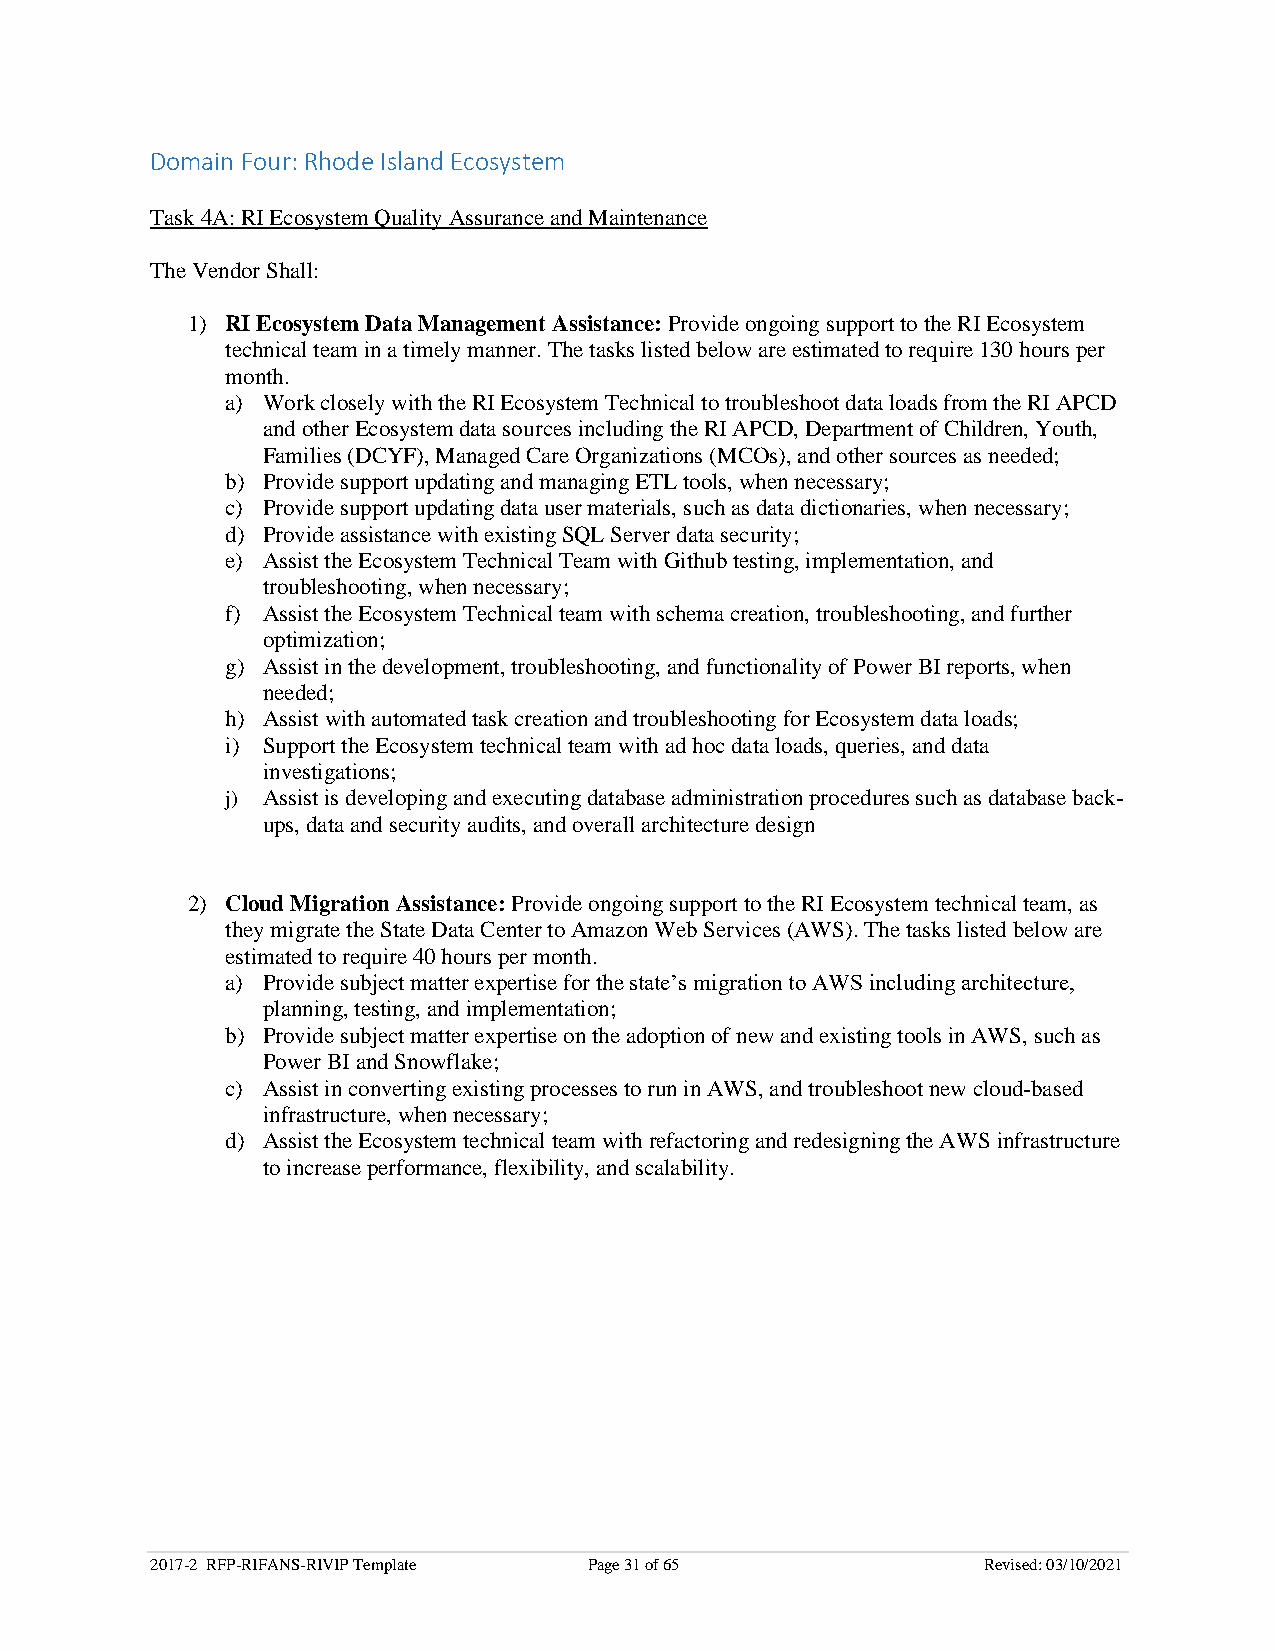
Domain Four: Rhode Island Ecosystem
 Task 4A: RI Ecosystem Quality Assurance and Maintenance
 The Vendor Shall:
 1) RI Ecosystem Data Management Assistance: Provide ongoing support to the RI Ecosystem
 technical team in a timely manner. The tasks listed below are estimated to require 130 hours per
 month.
 a) Work closely with the RI Ecosystem Technical to troubleshoot data loads from the RI APCD
 and other Ecosystem data sources including the RI APCD, Department of Children, Youth,
 Families (DCYF), Managed Care Organizations (MCOs), and other sources as needed;
 b) Provide support updating and managing ETL tools, when necessary;
 c) Provide support updating data user materials, such as data dictionaries, when necessary;
 d) Provide assistance with existing SQL Server data security;
 e) Assist the Ecosystem Technical Team with Github testing, implementation, and
 troubleshooting, when necessary;
 f) Assist the Ecosystem Technical team with schema creation, troubleshooting, and further
 optimization;
 g) Assist in the development, troubleshooting, and functionality of Power BI reports, when
 needed;
 h) Assist with automated task creation and troubleshooting for Ecosystem data loads;
 i) Support the Ecosystem technical team with ad hoc data loads, queries, and data
 investigations;
 j) Assist is developing and executing database administration procedures such as database back-
 ups, data and security audits, and overall architecture design
 2) Cloud Migration Assistance: Provide ongoing support to the RI Ecosystem technical team, as
 they migrate the State Data Center to Amazon Web Services (AWS). The tasks listed below are
 estimated to require 40 hours per month.
 a) Provide subject matter expertise for the state’s migration to AWS including architecture,
 planning, testing, and implementation;
 b) Provide subject matter expertise on the adoption of new and existing tools in AWS, such as
 Power BI and Snowflake;
 c) Assist in converting existing processes to run in AWS, and troubleshoot new cloud-based
 infrastructure, when necessary;
 d) Assist the Ecosystem technical team with refactoring and redesigning the AWS infrastructure
 to increase performance, flexibility, and scalability.
 2017-2 RFP-RIFANS-RIVIP Template Page 31 of 65         Revised: 03/10/2021